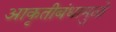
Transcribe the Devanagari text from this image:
आकृतीबंधामुळे